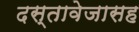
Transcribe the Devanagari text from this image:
दस्तावेजासह